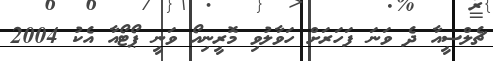
ޗެލްސީއާ ދެ ވަނަ ފަހަރަށް ހަވާލުވި މޮރީނިއޯ ވަނީ ޕޯޓޯއާ އެކު 2004